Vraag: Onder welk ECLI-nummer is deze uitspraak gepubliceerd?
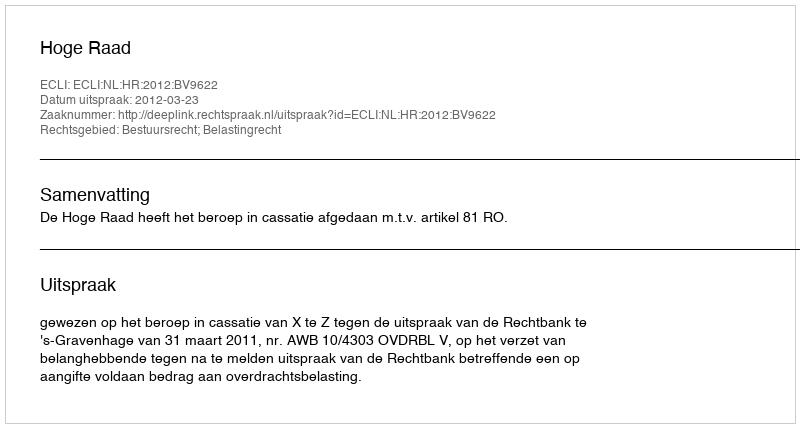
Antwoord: ECLI:NL:HR:2012:BV9622